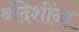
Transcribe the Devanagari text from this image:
बंदिशींना